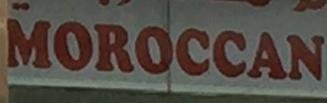
moroccan